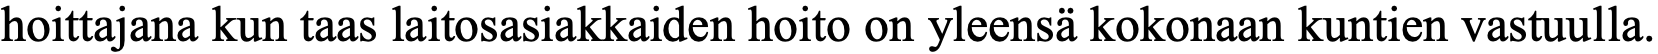
hoittajana kun taas laitosasiakkaiden hoito on yleensä kokonaan kuntien vastuulla.